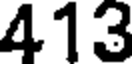
413